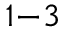
_ { 1 - 3 }